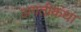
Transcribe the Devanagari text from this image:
अगतीकथा